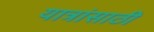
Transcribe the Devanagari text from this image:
यात्रांसाठी